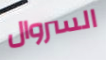
السروال